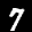
Label: 7